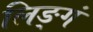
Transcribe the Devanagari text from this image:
लिङ्गं